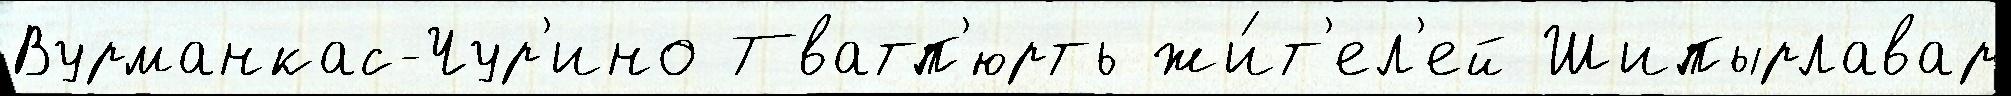
Вурманкас-Чур'ино Тватп'юрть жи́т'ел'ей Шипырлавар